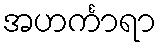
အဟင်္ကာရာ